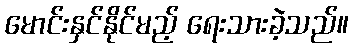
မောင်းနှင်နိုင်မည့် ရေးသားခဲ့သည်။